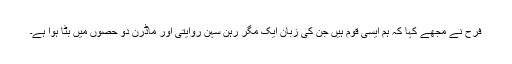
فرح نے مجھے کہا کہ ہم ایسی قوم ہیں جن کی زبان ایک مگر رہن سہن روایتی اور ماڈرن دو حصوں میں بٹا ہوا ہے۔